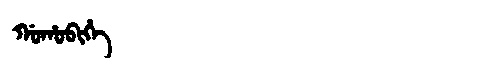
Manchu: ᡤᠣᡥᠣᠪᡳᡥᡝ
Romanization: GOHOBIHE